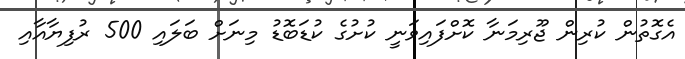
އެގޮތުން ކުރިން ޖޫރިމަނާ ކޮށްފައިވަނީ ކުށުގެ ކުޑަބޮޑު މިނަށް ބަލައި 500 ރުފިޔާއާއި